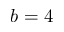
b = 4